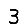
Digit: 3